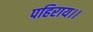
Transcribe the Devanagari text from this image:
पहिराय।।